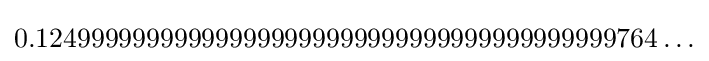
0.124999999999999999999999999999999999999999764\ldots